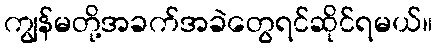
ကျွန်မတို့အခက်အခဲတွေရင်ဆိုင်ရမယ်။